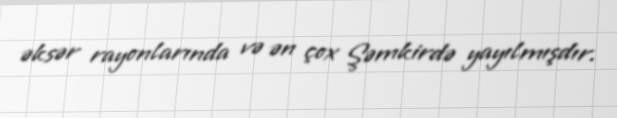
əksər rayonlarında və ən çox Şəmkirdə yayılmışdır.